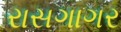
રાસગાગર